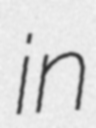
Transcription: in